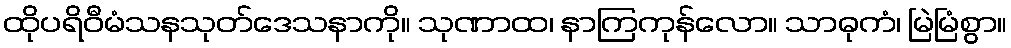
ထိုပရိဝီမံသနသုတ်ဒေသနာကို။ သုဏာထ၊ နာကြကုန်လော။ သာဓုကံ၊ မြဲမြံစွာ။